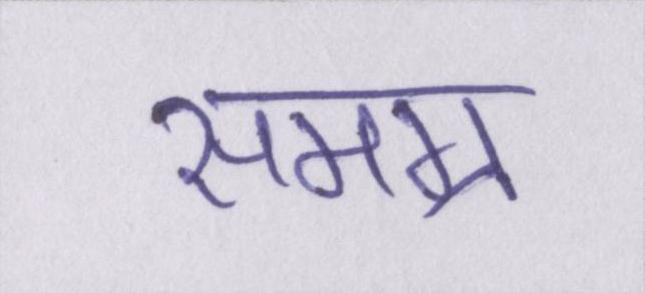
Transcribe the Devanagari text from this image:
समग्र